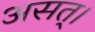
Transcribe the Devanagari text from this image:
असत्।